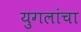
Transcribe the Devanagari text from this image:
युगलांचा